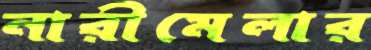
নারীমেলার